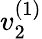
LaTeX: v_{2}^{(1)}